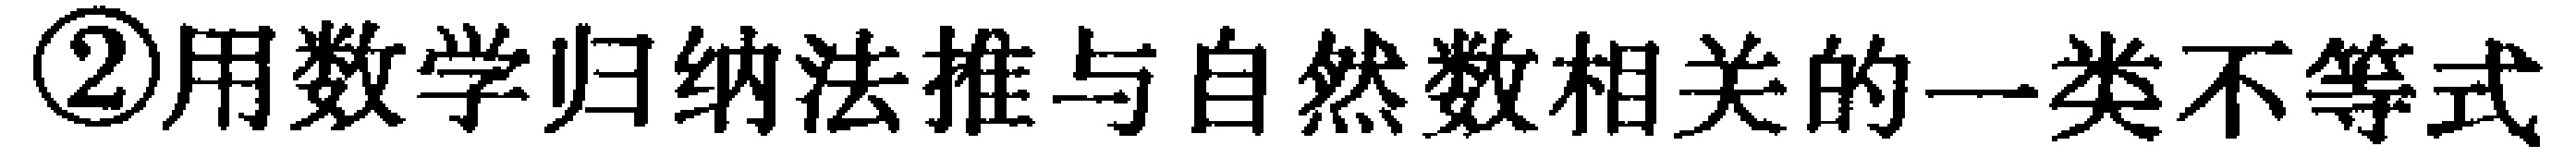
\textcircled{2}用数学归纳法推与自然数相关的一类不等式